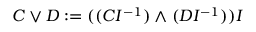
C \vee D : = ( ( C I ^ { - 1 } ) \wedge ( D I ^ { - 1 } ) ) I